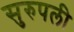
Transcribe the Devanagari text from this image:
सुरुपली